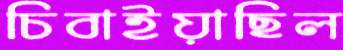
চিবাইয়াছিল